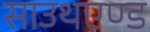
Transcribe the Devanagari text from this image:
साउथएण्ड